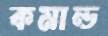
কমান্ড